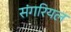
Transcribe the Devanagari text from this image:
संगरियल